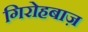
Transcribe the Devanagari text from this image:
गिरोहबाज़